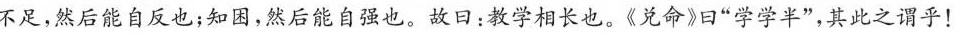
不足，然后能自反也；知困，然后能自强也。故日：教学相长也。《兑命》曰”学学半”，其此之谓乎！